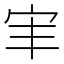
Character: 𫲸